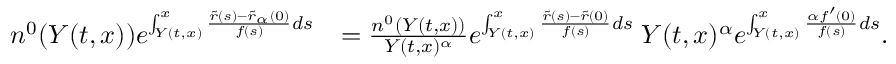
\begin{array} { r l } { n ^ { 0 } ( Y ( t , x ) ) e ^ { \int _ { Y ( t , x ) } ^ { x } { \frac { \tilde { r } ( s ) - \tilde { r } _ { \alpha } ( 0 ) } { f ( s ) } d s } } } & { = \frac { n ^ { 0 } ( Y ( t , x ) ) } { Y ( t , x ) ^ { \alpha } } e ^ { \int _ { Y ( t , x ) } ^ { x } { \frac { \tilde { r } ( s ) - \tilde { r } ( 0 ) } { f ( s ) } d s } } \; Y ( t , x ) ^ { \alpha } e ^ { \int _ { Y ( t , x ) } ^ { x } { \frac { \alpha f ^ { \prime } ( 0 ) } { f ( s ) } } d s } . } \end{array}